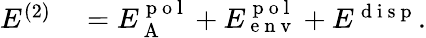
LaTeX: \begin{array}{rl}{E^{(2)}}&{{}=E_{\mathrm{~A~}}^{\mathrm{~p~o~l~}}+E_{\mathrm{~e~n~v~}}^{\mathrm{~p~o~l~}}+E^{\mathrm{~d~i~s~p~}}.}\end{array}